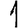
Digit: 1